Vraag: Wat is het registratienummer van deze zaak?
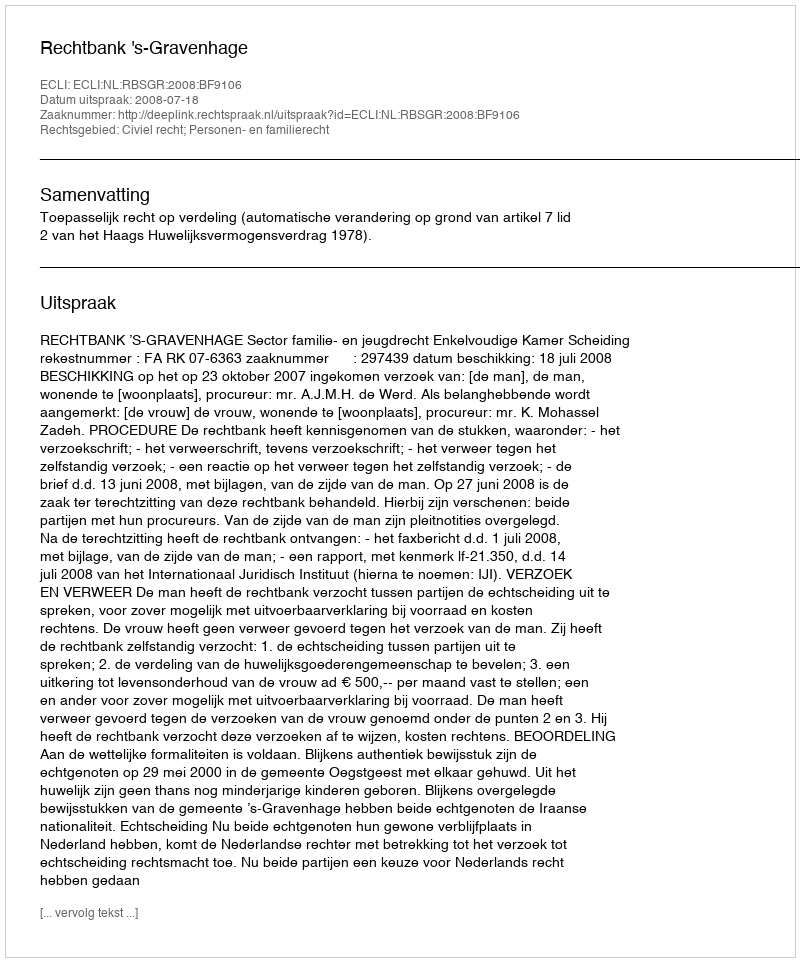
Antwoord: http://deeplink.rechtspraak.nl/uitspraak?id=ECLI:NL:RBSGR:2008:BF9106